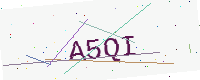
Text: A5QI